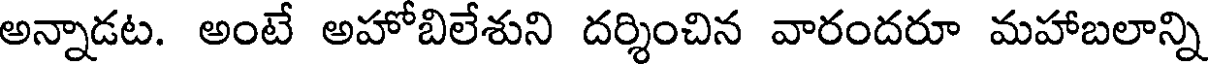
అన్నాడట. అంటే అహోబిలేశుని దర్శించిన వారందరూ మహాబలాన్ని